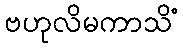
ဗဟုလိမကာသိံ